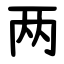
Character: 两